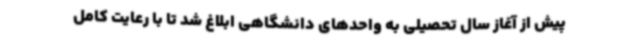
پیش از آغاز سال تحصیلی به واحدهای دانشگاهی ابلاغ شد تا با رعایت کامل